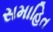
સમાહિત